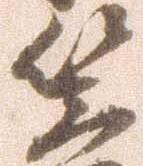
笠